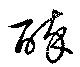
酔